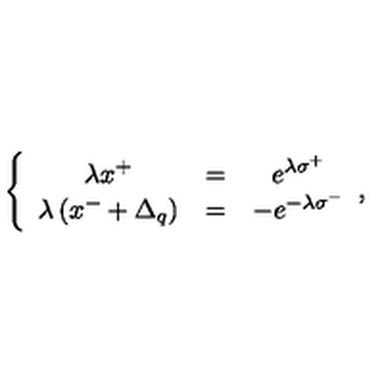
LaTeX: \left\{ \begin{array} { c c c } { \lambda x ^ { + } } & { = } & { e ^ { \lambda \sigma ^ { + } } } \\ { \lambda \left( x ^ { - } + \Delta _ { q } \right) } & { = } & { - e ^ { - \lambda \sigma ^ { - } } } \\ \end{array} , \right.